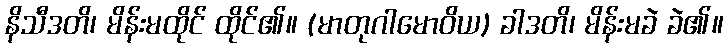
နိသီဒတိ၊ မိန်းမထိုင် ထိုင်၏။ (မာတုဂါမောဝိယ) ခါဒတိ၊ မိန်းမခဲ ခဲ၏။